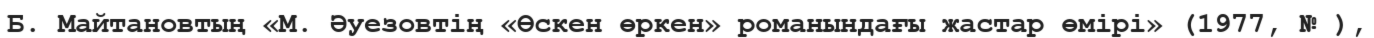
Б. Майтановтың «М. Әуезовтің «Өскен өркен» романындағы жастар өмірі» (1977, № ),